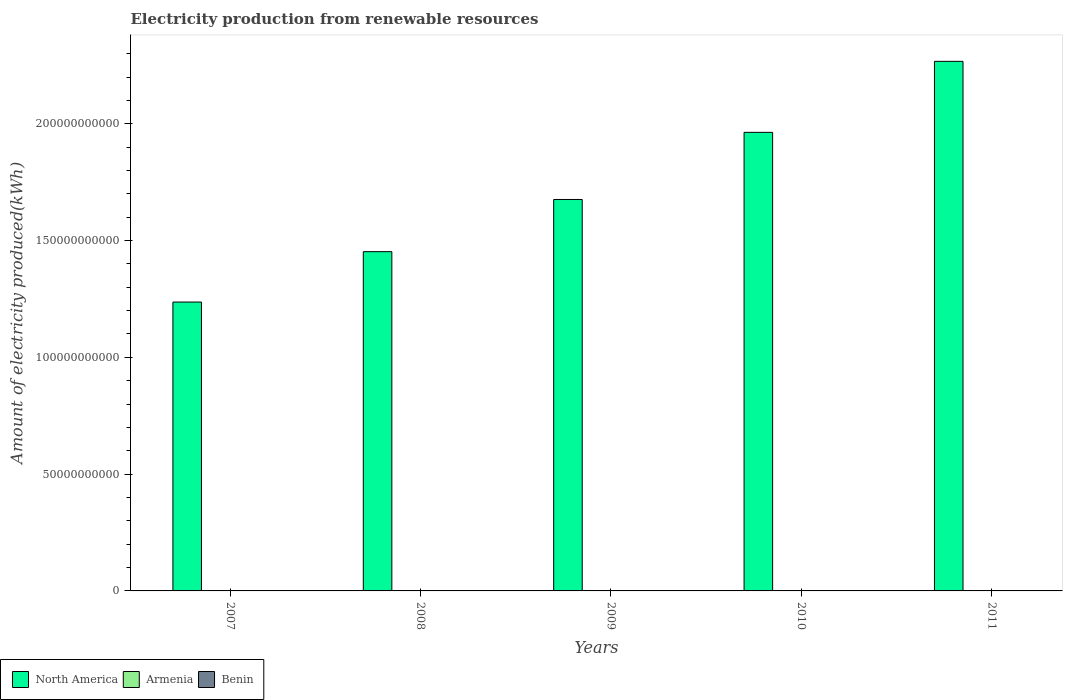
| Years | North America | Armenia | Benin |
 | --- | --- | --- | --- |
 | 2007 | 1.24e+11 | 3e+06 | 3e+06 |
 | 2008 | 1.45e+11 | 2e+06 | 3e+06 |
 | 2009 | 1.68e+11 | 4e+06 | 1e+06 |
 | 2010 | 1.96e+11 | 7e+06 | 1e+06 |
 | 2011 | 2.27e+11 | 6e+06 | 1e+06 |